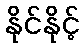
နိုင်နိုင့်